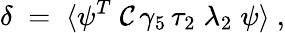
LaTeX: \delta\; =\; \langle\psi^{T}\; \mathcal{C}\, \gamma_{5}\, \tau_{2}\; \lambda_{2}\; \psi\rangle~,